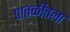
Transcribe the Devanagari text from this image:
पातळीतला